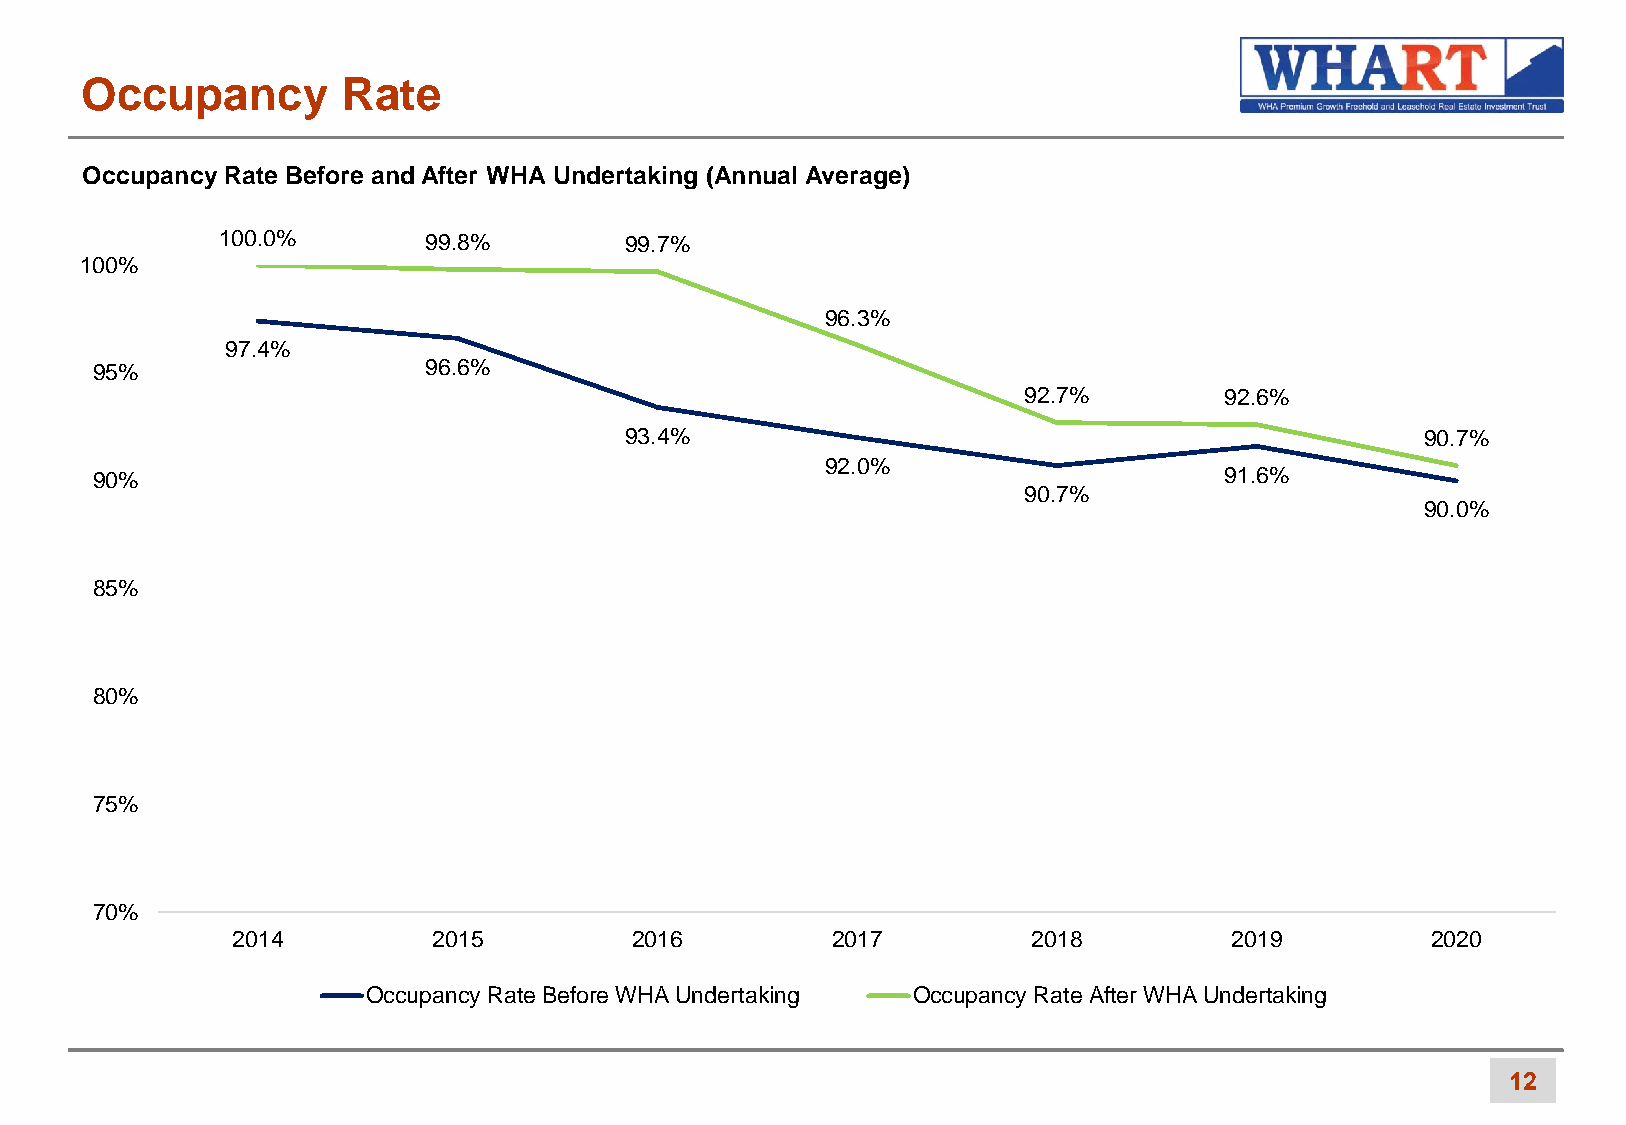
Occupancy         Rate
 Occupancy Rate Before and After WHA Undertaking (Annual Average)
 100.0%        99.8%        99.7%
 100%
 96.3%
 97.4%
 95%                   96.6%
 92.7%        92.6%
 93.4%                                                90.7%
 92.0%
 90%                                                                        91.6%
 90.7%
 90.0%
 85%
 80%
 75%
 70%
 2014          2015         2016         2017         2018         2019          2020
 Occupancy Rate Before WHA Undertaking Occupancy Rate After WHA Undertaking
 12